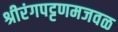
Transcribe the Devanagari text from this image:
श्रीरंगपट्टणमजवळ